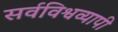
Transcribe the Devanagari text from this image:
सर्वविश्वव्यापी